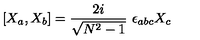
[ X _ { a } , X _ { b } ] = \frac { 2 i } { \sqrt { N ^ { 2 } - 1 } } \ \epsilon _ { a b c } X _ { c }